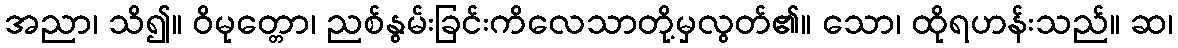
အညာ၊ သိ၍။ ဝိမုတ္တော၊ ညစ်နွမ်းခြင်းကိလေသာတို့မှလွတ်၏။ သော၊ ထိုရဟန်းသည်။ ဆ၊